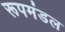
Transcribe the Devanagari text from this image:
रूपमंडल